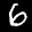
Label: 6